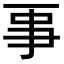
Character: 𠄙